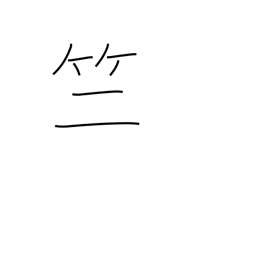
Meaning: bamboo